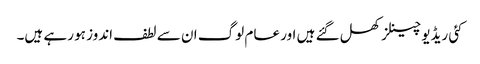
کئی ریڈیو چینلز کھل گئے ہیں اور عام لوگ ان سے لطف اندوز ہو رہے ہیں۔